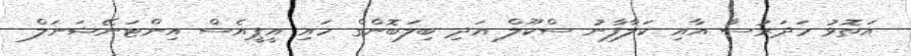
އަތޮޅު މަދަރުސާ އާއި ކަލާފާނު ސްކޫލް އަދި ބިލަބޮންގް ހައި އީޕީއެސް އިންޓަނޭޝަނަލް